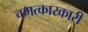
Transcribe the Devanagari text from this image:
चमत्कारकारी